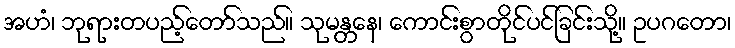
အဟံ၊ ဘုရားတပည့်တော်သည်။ သုမန္တနေ၊ ကောင်းစွာတိုင်ပင်ခြင်းသို့။ ဥပဂတော၊